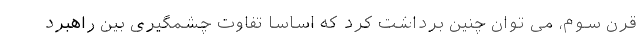
قرن سوم، می توان چنین برداشت کرد که اساساً تفاوت چشمگیری بین راهبرد